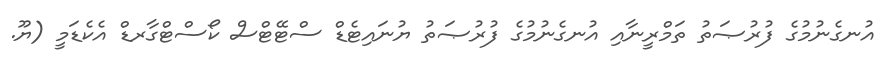
އުނގެނުމުގެ ފުރުޞަތު ތަމްރީނާއި އުނގެނުމުގެ ފުރުޞަތު ޔުނައިޓެޑް ސްޓޭޓްސް ކޯސްޓްގާރޑް އެކެޑަމީ (ޔޫ.